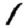
Digit: 1